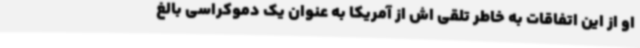
او از این اتفاقات به خاطر تلقی اش از آمریکا به عنوان یک دموکراسی بالغ